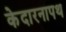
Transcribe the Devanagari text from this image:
केदारनापथ